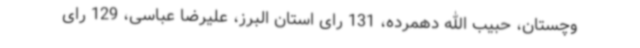
وچستان، حبیب الله دهمرده، 131 رای استان البرز، علیرضا عباسی، 129 رای